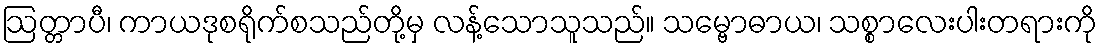
ဩတ္တာပီ၊ ကာယဒုစရိုက်စသည်တို့မှ လန့်သောသူသည်။ သမ္ဗောဓာယ၊ သစ္စာလေးပါးတရားကို